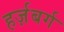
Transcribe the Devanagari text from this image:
हर्ज़बर्ग